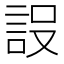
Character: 𮘂